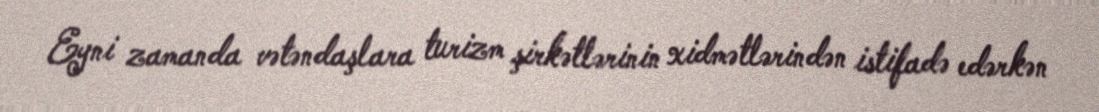
Eyni zamanda vətəndaşlara turizm şirkətlərinin xidmətlərindən istifadə edərkən